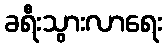
ခရီးသွားလာရေး